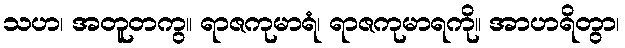
သဟ၊ အတူတကွ။ ရာဇကုမာရံ၊ ရာဇကုမာရကို။ အာဟရိတွာ၊